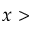
x >